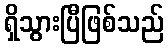
ရှိသွားပြီဖြစ်သည်